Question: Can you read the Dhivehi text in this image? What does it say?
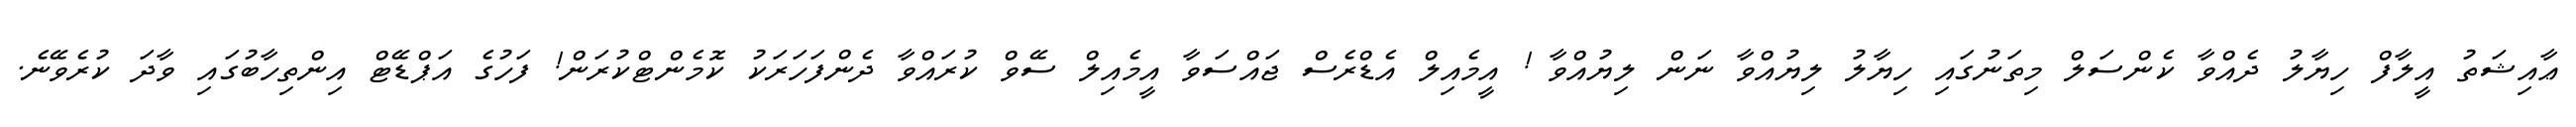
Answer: ޢާއިޝަތު އީލާފް ހިޔާލު ދެއްވާ ކެންސަލް މިތަނުގައި ހިޔާލު ލިޔުއްވާ ނަން ލިޔުއްވާ ! އީމެއިލް އެޑްރެސް ޖައްސަވާ އީމެއިލް ސޭވް ކުރައްވާ ދެންފަހަރަކު ކޮމެންޓްކުރަން! ފަހުގެ އަޕްޑޭޓް އިންތިހާބުގައި ވާދަ ކުރެވޭނެ.